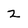
Character: Z